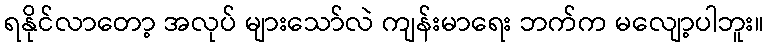
ရနိုင်လာတော့ အလုပ် များသော်လဲ ကျန်းမာရေး ဘက်က မလျော့ပါဘူး။